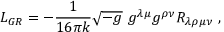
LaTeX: { \cal L } _ { G R } = - \frac { 1 } { 1 6 \pi k } \sqrt { - g } ~ g ^ { \lambda \mu } g ^ { \rho \nu } R _ { \lambda \rho \mu \nu } ~ ,